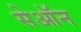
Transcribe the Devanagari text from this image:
सेऑन